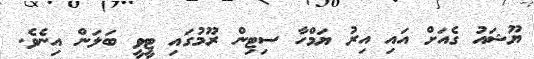
ޔޫޝައު ގެއަށް އައި އިރު ޔަމްހާ ސިޓިން ރޫމުގައި ޓީވީ ބަލަން އިނެވެ.